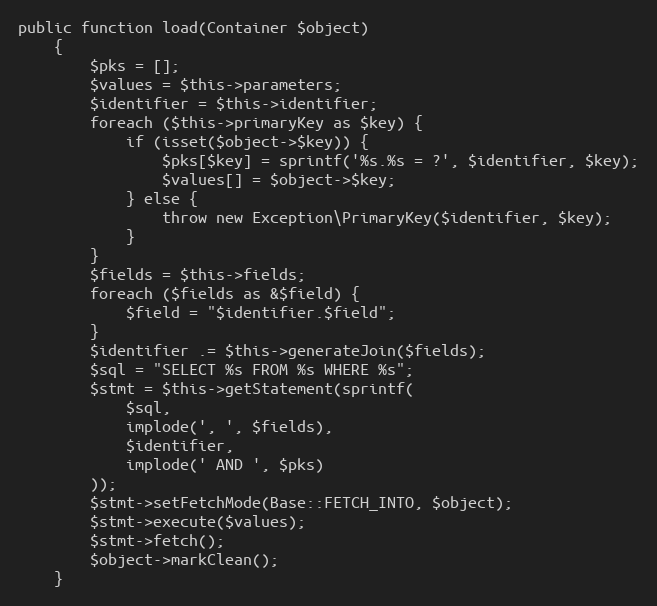
Language: PHP
public function load(Container $object)
    {
        $pks = [];
        $values = $this->parameters;
        $identifier = $this->identifier;
        foreach ($this->primaryKey as $key) {
            if (isset($object->$key)) {
                $pks[$key] = sprintf('%s.%s = ?', $identifier, $key);
                $values[] = $object->$key;
            } else {
                throw new Exception\PrimaryKey($identifier, $key);
            }
        }
        $fields = $this->fields;
        foreach ($fields as &$field) {
            $field = "$identifier.$field";
        }
        $identifier .= $this->generateJoin($fields);
        $sql = "SELECT %s FROM %s WHERE %s";
        $stmt = $this->getStatement(sprintf(
            $sql,
            implode(', ', $fields),
            $identifier,
            implode(' AND ', $pks)
        ));
        $stmt->setFetchMode(Base::FETCH_INTO, $object);
        $stmt->execute($values);
        $stmt->fetch();
        $object->markClean();
    }